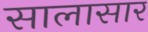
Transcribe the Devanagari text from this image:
सालासार